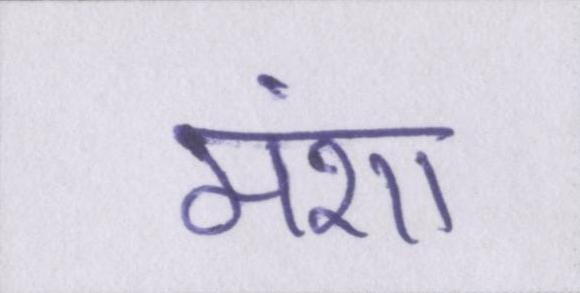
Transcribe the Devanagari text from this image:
मंशा